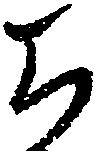
ち